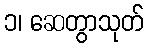
၁၊ ဆေတွာသုတ်